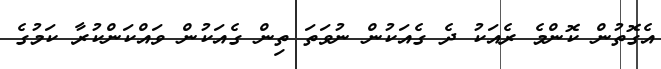
އެގޮތުން ކޮންމެ ރެއަކު ދެ ގެއަކުން ނުވަތަ ތިން ގެއަކުން ވައްކަންކުރާ ކަމުގެ